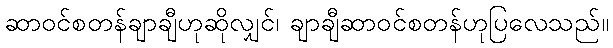
ဆာဝင်စတန်ချာချီဟုဆိုလျှင်၊ ချာချီဆာဝင်စတန်ဟုပြလေသည်။